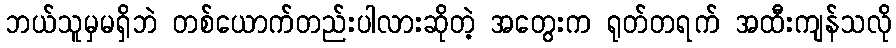
ဘယ်သူမှမရှိဘဲ တစ်ယောက်တည်းပါလားဆိုတဲ့ အတွေးက ရုတ်တရက် အထီးကျန်သလို